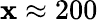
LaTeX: \mathbf{x}\approx200